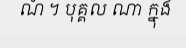
ណំ ។ បុគ្គល ណា ក្នុង